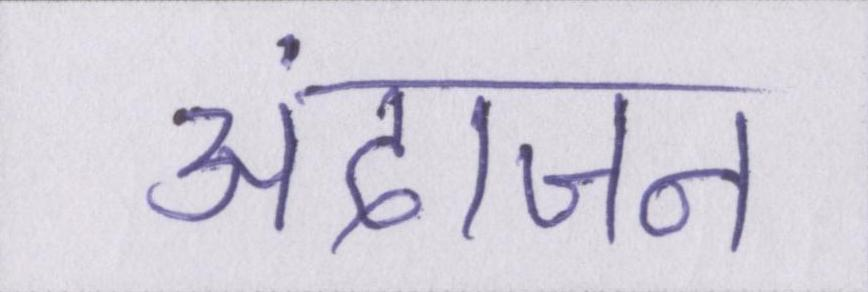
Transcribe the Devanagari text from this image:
अंदाजन